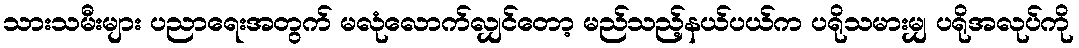
သားသမီးများ ပညာရေးအတွက် မလုံလောက်လျှင်တော့ မည်သည့်နယ်ပယ်က ပရိုသမားမျှ ပရိုအလုပ်ကို